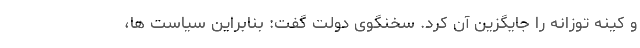
و کینه توزانه را جایگزین آن کرد. سخنگوی دولت گفت: بنابراین سیاست ها،